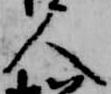
人